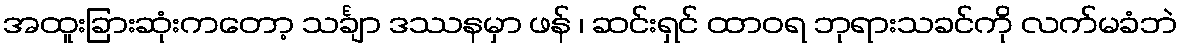
အထူးခြားဆုံးကတော့ သင်္ချာ ဒဿနမှာ ဖန် ၊ ဆင်းရှင် ထာဝရ ဘုရားသခင်ကို လက်မခံဘဲ